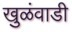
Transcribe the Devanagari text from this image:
खुळंवाडी